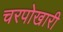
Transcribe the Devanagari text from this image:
चरपोखारी